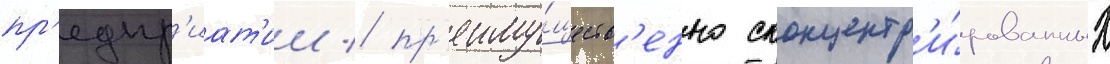
пр'едпр'иат'ии / пр'еиму́ществ'енно сконцентр'и́рованных